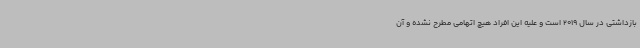
بازداشتی در سال 2019 است و علیه این افراد هیچ اتهامی مطرح نشده و آن